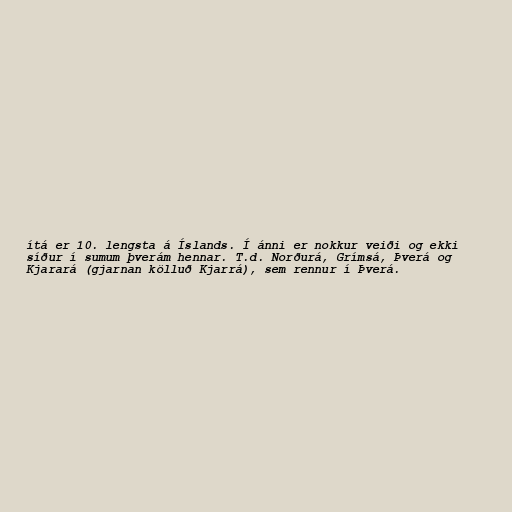
ítá er 10. lengsta á Íslands. Í ánni er nokkur veiði og ekki
síður í sumum þverám hennar. T.d. Norðurá, Grímsá, Þverá og
Kjarará (gjarnan kölluð Kjarrá), sem rennur í Þverá.